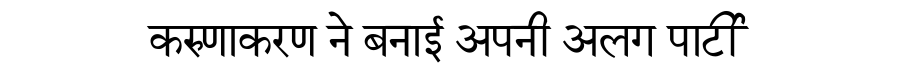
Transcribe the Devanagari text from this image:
करुणाकरण ने बनाई अपनी अलग पार्टी